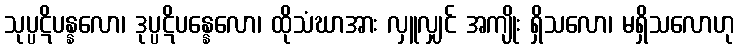
သုပ္ပဋိပန္နလော၊ ဒုပ္ပဋိပန္နေလော၊ ထိုသံဃာအား လှူလျှင် အကျိုး ရှိသလော၊ မရှိသလောဟု